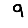
Digit: 9